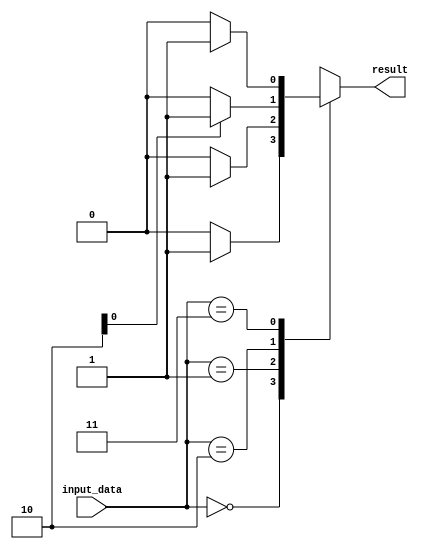
module case_with_if_else (
    input wire [1:0] input_data,
    output reg result
);

always @ (*)
begin
    case (input_data)
        2'b00: begin
            if (condition1) begin
                // Action for condition1
                result <= 1;
            end
            else begin
                // Action for other conditions
                result <= 0;
            end
        end
        2'b01: begin
            if (condition2) begin
                // Action for condition2
                result <= 1;
            end
            else begin
                // Action for other conditions
                result <= 0;
            end
        end
        2'b10: begin
            if (condition3) begin
                // Action for condition3
                result <= 1;
            end
            else begin
                // Action for other conditions
                result <= 0;
            end
        end
        2'b11: begin
            if (condition4) begin
                // Action for condition4
                result <= 1;
            end
            else begin
                // Action for other conditions
                result <= 0;
            end
        end
        default: begin
            // Default action
            result <= 0;
        end
    endcase
end

endmodule